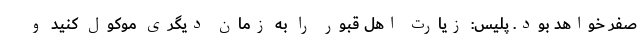
صفر خواهد بود. پلیس: زیارت اهل قبور را به زمان دیگری موکول کنید و